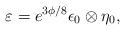
LaTeX: \begin{align*}{\varepsilon = e^{3\phi/8}\epsilon_0\otimes\eta_0,}\end{align*}